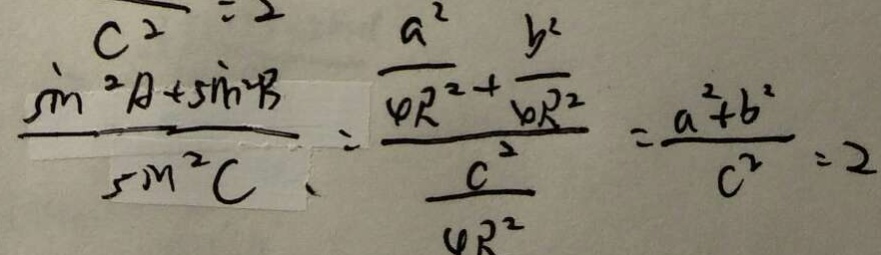
\frac { \sin ^ { 2 } A + \sin ^ { 2 } B } { \sin ^ { 2 } C } = \frac { \frac { a ^ { 2 } } { 4 R ^ { 2 } } + \frac { b ^ { 2 } } { 4 R ^ { 2 } } } { \frac { c ^ { 2 } } { 4 R ^ { 2 } } } = \frac { a ^ { 2 } + b ^ { 2 } } { c ^ { 2 } } = 2